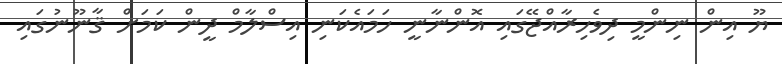
ޔޫ އިން ނިންމީ ދިވެހިރާއްޖޭގައި އޮންނާނީ ހަމައެކަނި އިސްލާމް ދީން ކަމަށް ޤާނޫނުގައި